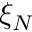
\xi _ { N }